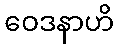
ဝေဒနာဟိ